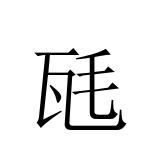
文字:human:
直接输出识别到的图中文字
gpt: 瓱